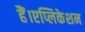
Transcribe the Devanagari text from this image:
हैं।एप्लिकेशन